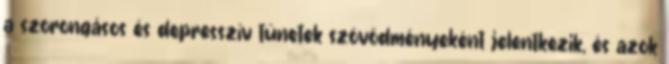
a szorongásos és depresszív tünetek szövődményeként jelentkezik, és azok